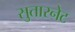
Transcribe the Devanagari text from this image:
सुतारनेट